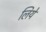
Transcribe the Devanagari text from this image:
लियेे